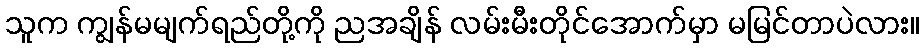
သူက ကျွန်မမျက်ရည်တို့ကို ညအချိန် လမ်းမီးတိုင်အောက်မှာ မမြင်တာပဲလား။